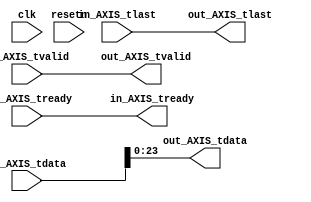
// Copyright (C) 2022, Advanced Micro Devices, Inc. All rights reserved.
// SPDX-License-Identifier: MIT
`timescale 1ns / 1ps
//////////////////////////////////////////////////////////////////////////////////
// Company: 
// Engineer: 
// 
// Design Name: 
// Module Name: axisMask
// Project Name: 
// Target Devices: 
// Tool Versions: 
// Description: 
// 
// Dependencies: 
// 
// Revision:
// Revision 0.01 - File Created
// Additional Comments:
// 
//////////////////////////////////////////////////////////////////////////////////


module axisMask(
input clk,
input resetn,

input [31:0]       in_AXIS_tdata,
input              in_AXIS_tvalid,
input              in_AXIS_tlast,
output wire        in_AXIS_tready,

output wire [23:0] out_AXIS_tdata,
output wire        out_AXIS_tvalid,
output wire        out_AXIS_tlast,
input              out_AXIS_tready
);

(* KEEP = "TRUE" *) wire [31:0] tmp;


assign tmp = in_AXIS_tdata;
assign out_AXIS_tdata  = tmp[23:0];
assign out_AXIS_tvalid = in_AXIS_tvalid;
assign out_AXIS_tlast  = in_AXIS_tlast;
assign in_AXIS_tready  = out_AXIS_tready;

endmodule